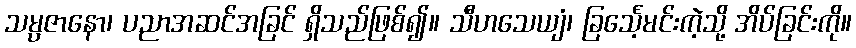
သမ္ပဇာနော၊ ပညာအဆင်အခြင် ရှိသည်ဖြစ်၍။ သီဟသေယျံ၊ ခြင်္သေ့မင်းကဲ့သို့ အိပ်ခြင်းကို။